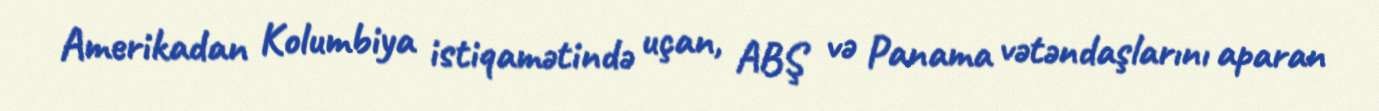
Amerikadan Kolumbiya istiqamətində uçan, ABŞ və Panama vətəndaşlarını aparan